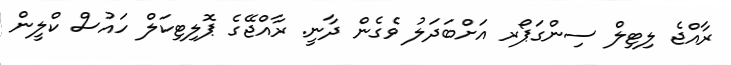
ރާއްޖެ ލިޓިލް ސިންގަޕޯރ އަށްބަދަލު ވެގެން ދާނީ. ރާއްޖޭގެ ޕޮލިޓިކަލް ހައުސް ކްލީން